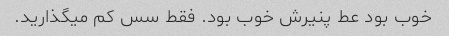
خوب بود عط پنیرش خوب بود. فقط سس کم میگذارید.